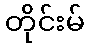
တိုင်းမ်